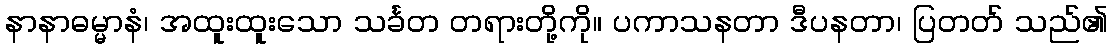
နာနာဓမ္မာနံ၊ အထူးထူးသော သင်္ခတ တရားတို့ကို။ ပကာသနတာ ဒီပနတာ၊ ပြတတ် သည်၏